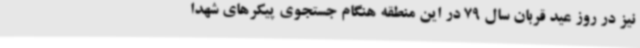
نیز در روز عید قربان سال 79 در این منطقه هنگام جستجوی پیکرهای شهدا